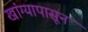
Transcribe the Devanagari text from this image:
खांग्यापासून